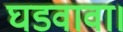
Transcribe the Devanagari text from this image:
घडवावा।